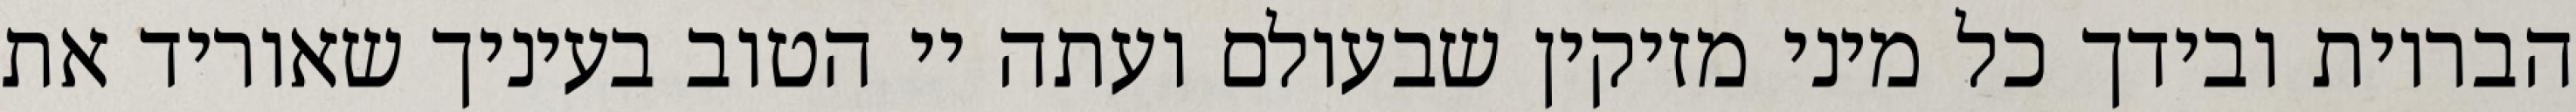
הבריות ובידך כל מיני מזיקין שבעולם ועתה יי הטוב בעיניך שאוריד את